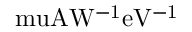
\mathrm { \ m u A W ^ { - 1 } e V ^ { - 1 } }